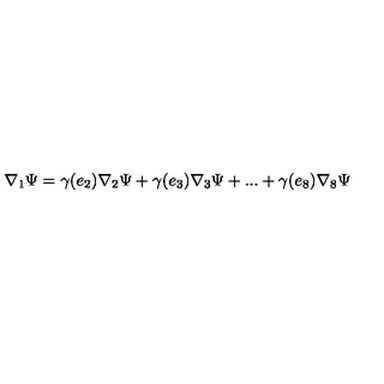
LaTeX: \nabla _ { 1 } \Psi = \gamma ( e _ { 2 } ) \nabla _ { 2 } \Psi + \gamma ( e _ { 3 } ) \nabla _ { 3 } \Psi + . . . + \gamma ( e _ { 8 } ) \nabla _ { 8 } \Psi